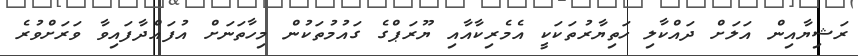
ރަޝިޔާއިން އަލަށް ދައްކާލި ހަތިޔާރުތަކަކީ އެމެރިކާއާއި ޔޫރަޕްގެ ގައުމުތަކުން މިހާތަނަށް އުފައްދާފައިވާ ވަރަށްވުރެ